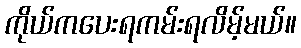
ကိုယ်ကပေးရကမ်းရလိမ့်မယ်။